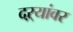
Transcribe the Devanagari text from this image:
दऱ्यांवर